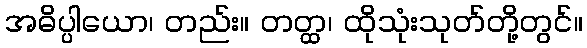
အဓိပ္ပါယော၊ တည်း။ တတ္ထ၊ ထိုသုံးသုတ်တို့တွင်။